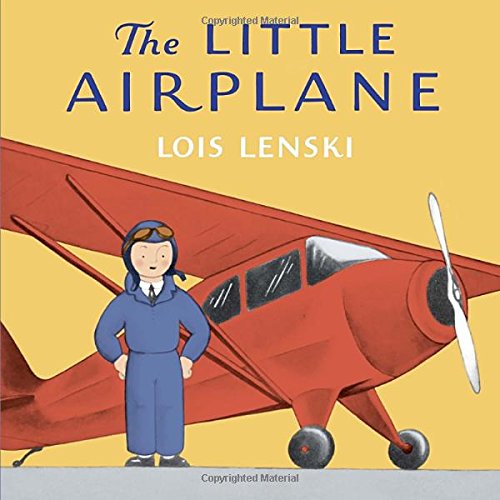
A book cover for The Little Airplane; Lois Lenski; Children's Books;